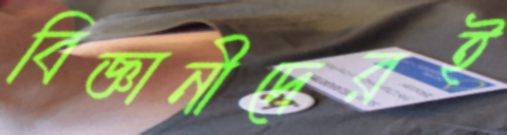
বিজ্ঞানীদেরই